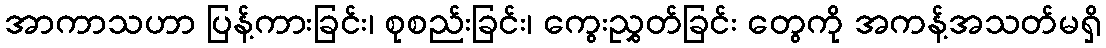
အာကာသဟာ ပြန့်ကားခြင်း၊ စုစည်းခြင်း၊ ကွေးညွှတ်ခြင်း တွေကို အကန့်အသတ်မရှိ